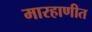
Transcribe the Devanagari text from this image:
मारहाणीत